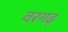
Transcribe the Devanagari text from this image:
वरगढ़